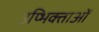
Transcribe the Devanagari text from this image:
उप्भिक्ताओं